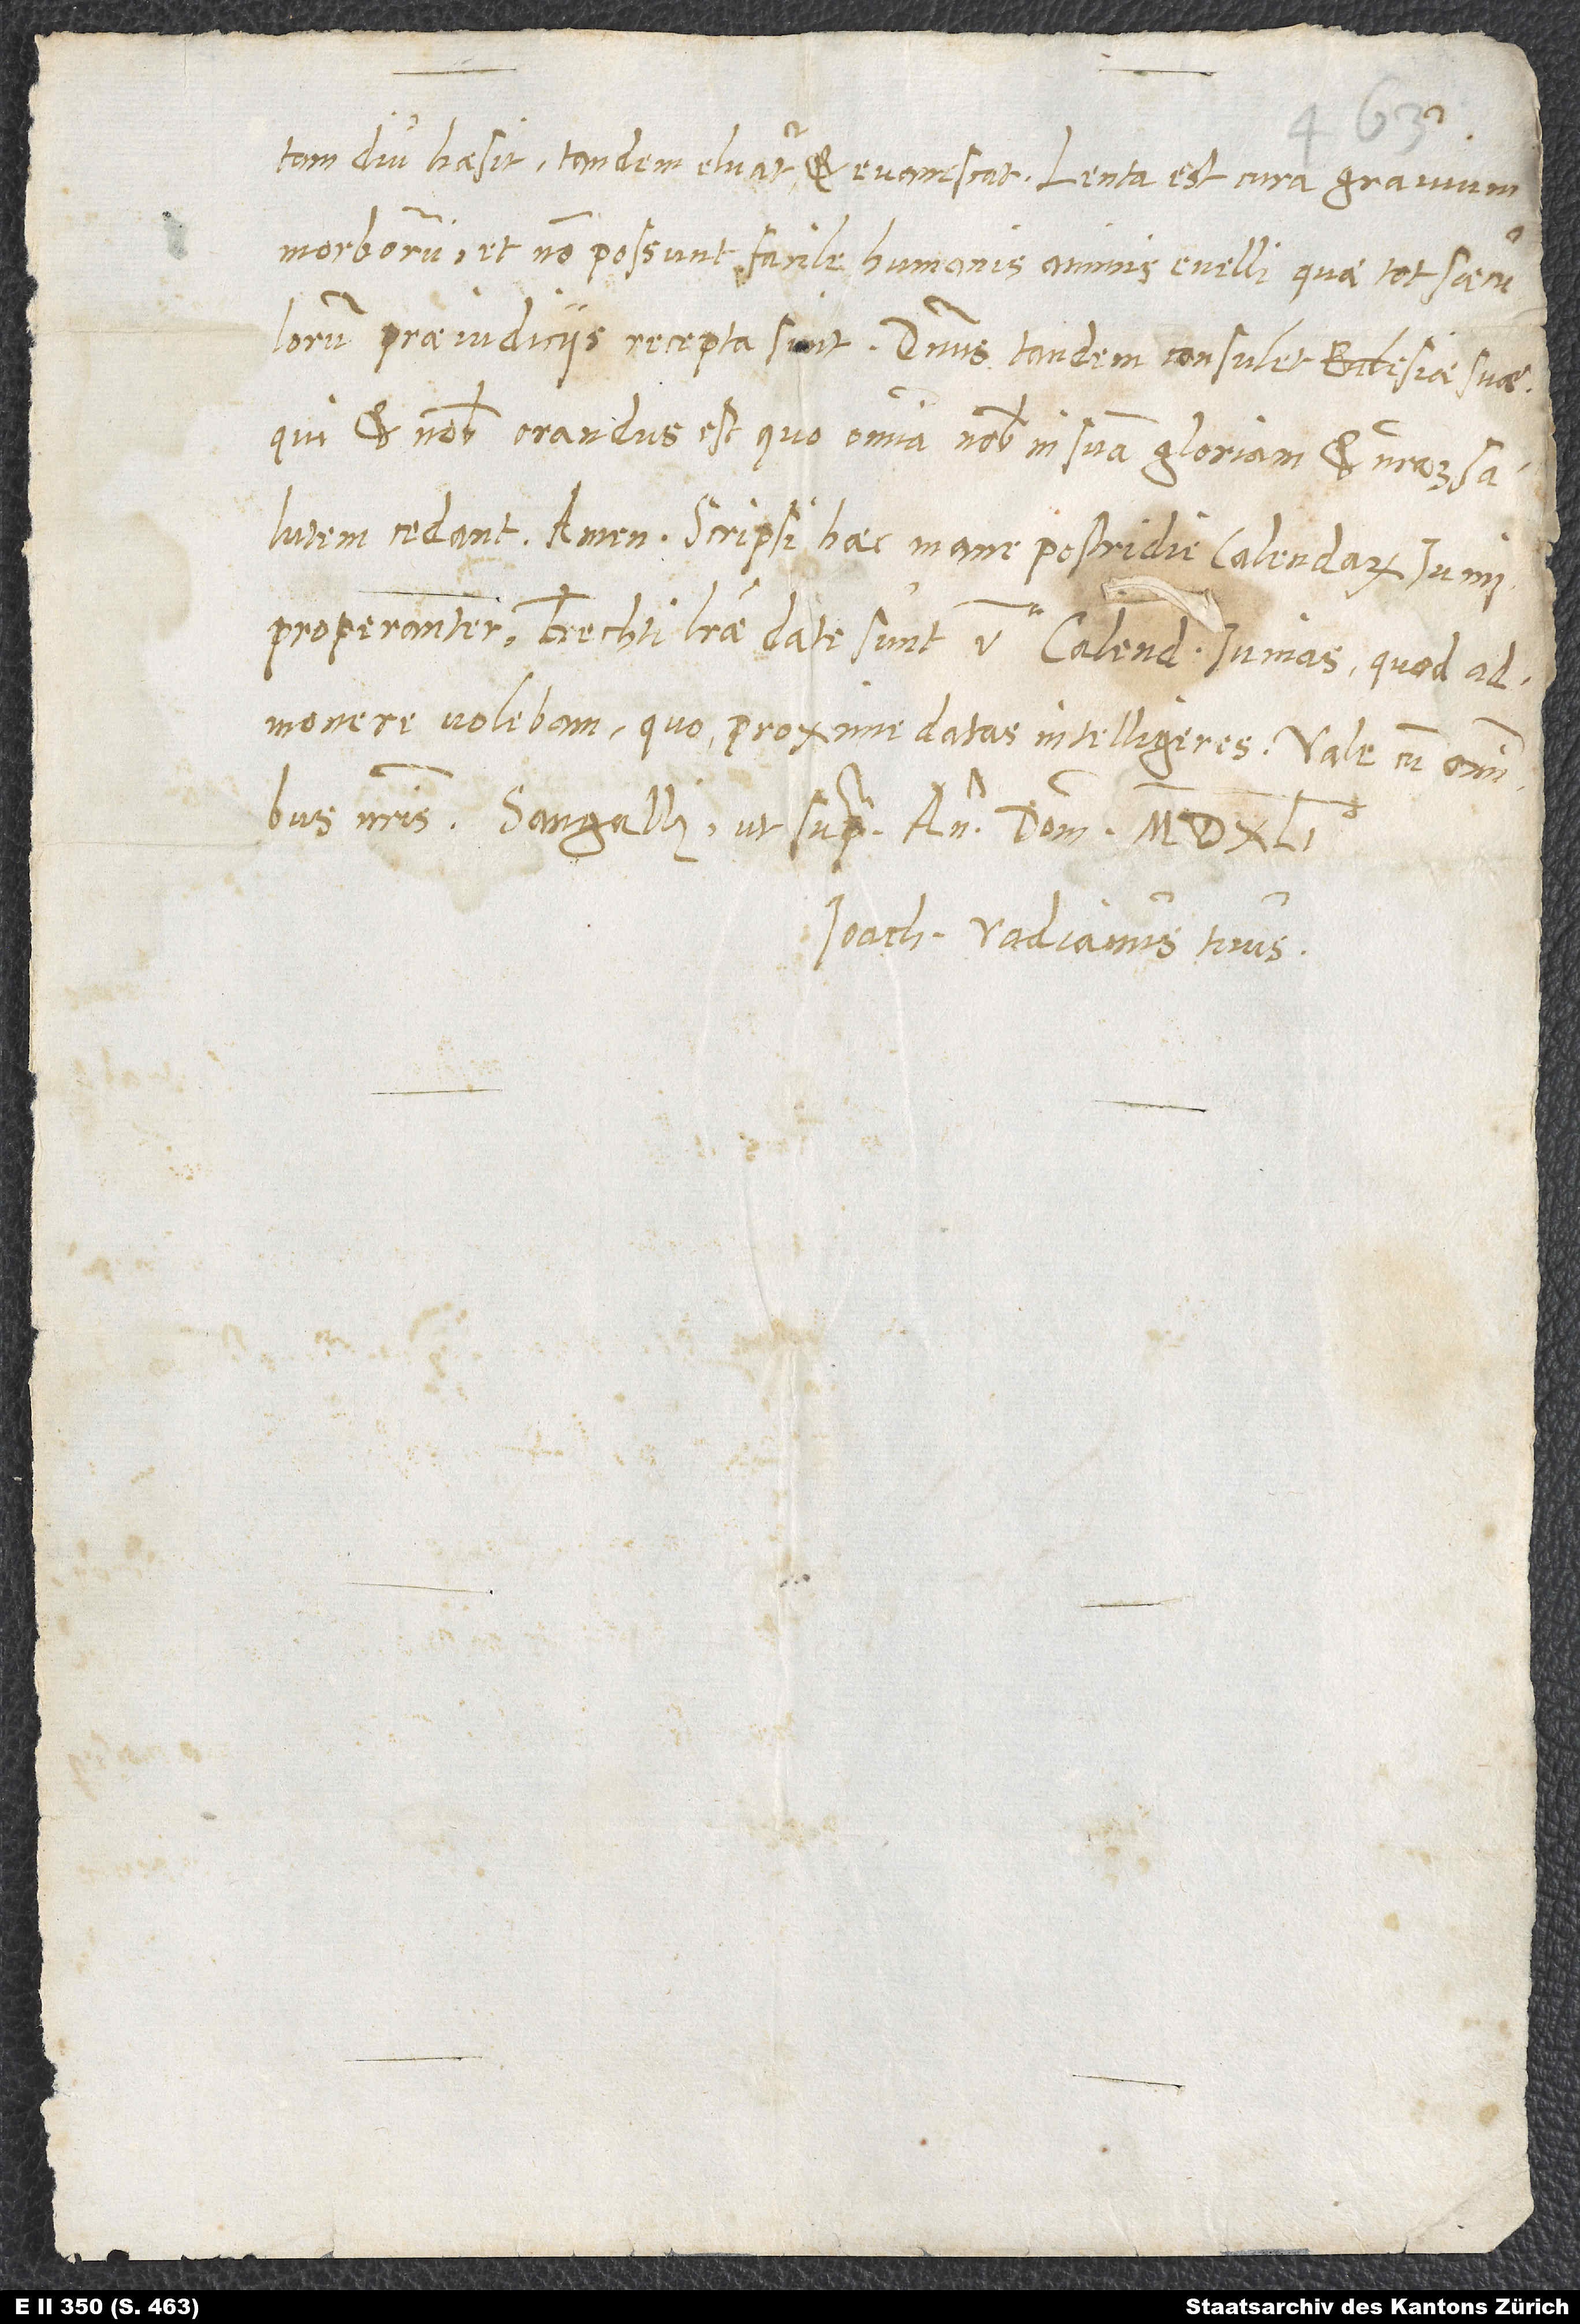
tam diu haesit, tandem eluatur et evanescat. Lenta est cura gravium
morborum, et non possunt facile humanis animis evelli, quae tot saeculorum
praeiudiciis recepta sint. Dominus tandem consulet ecclesiae suae,
qui et nobis orandus est, quo omnia nobis in suam gloriam et nostram salutem
cedant. Amen. Scripsi haec mane, postridie Kalendarum Iunii,
properanter. Frechti literae datae sunt V. Kalendas Iunias, quod
admonere volebam, quo proxime datas intellegeres. Vale cum omnibus
nostris. Sangalli, ut supra, anno domini
Ioachimus Vadianus tuus.